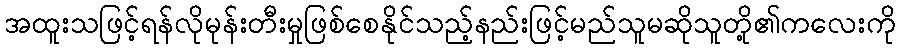
အထူးသဖြင့်ရန်လိုမုန်းတီးမှုဖြစ်စေနိုင်သည့်နည်းဖြင့်မည်သူမဆိုသူတို့၏ကလေးကို